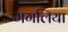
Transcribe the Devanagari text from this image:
मगलिया